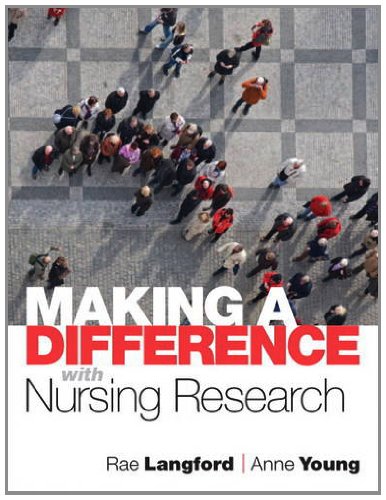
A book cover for Making a Difference with Nursing Research; Anne Young; Medical Books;